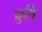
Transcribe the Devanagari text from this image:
क्रुषि